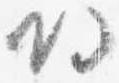
帰